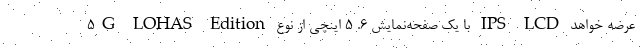
5G LOHAS Edition با یک صفحه‌نمایش ۶. ۵ اینچی از نوع IPS LCD عرضه خواهد